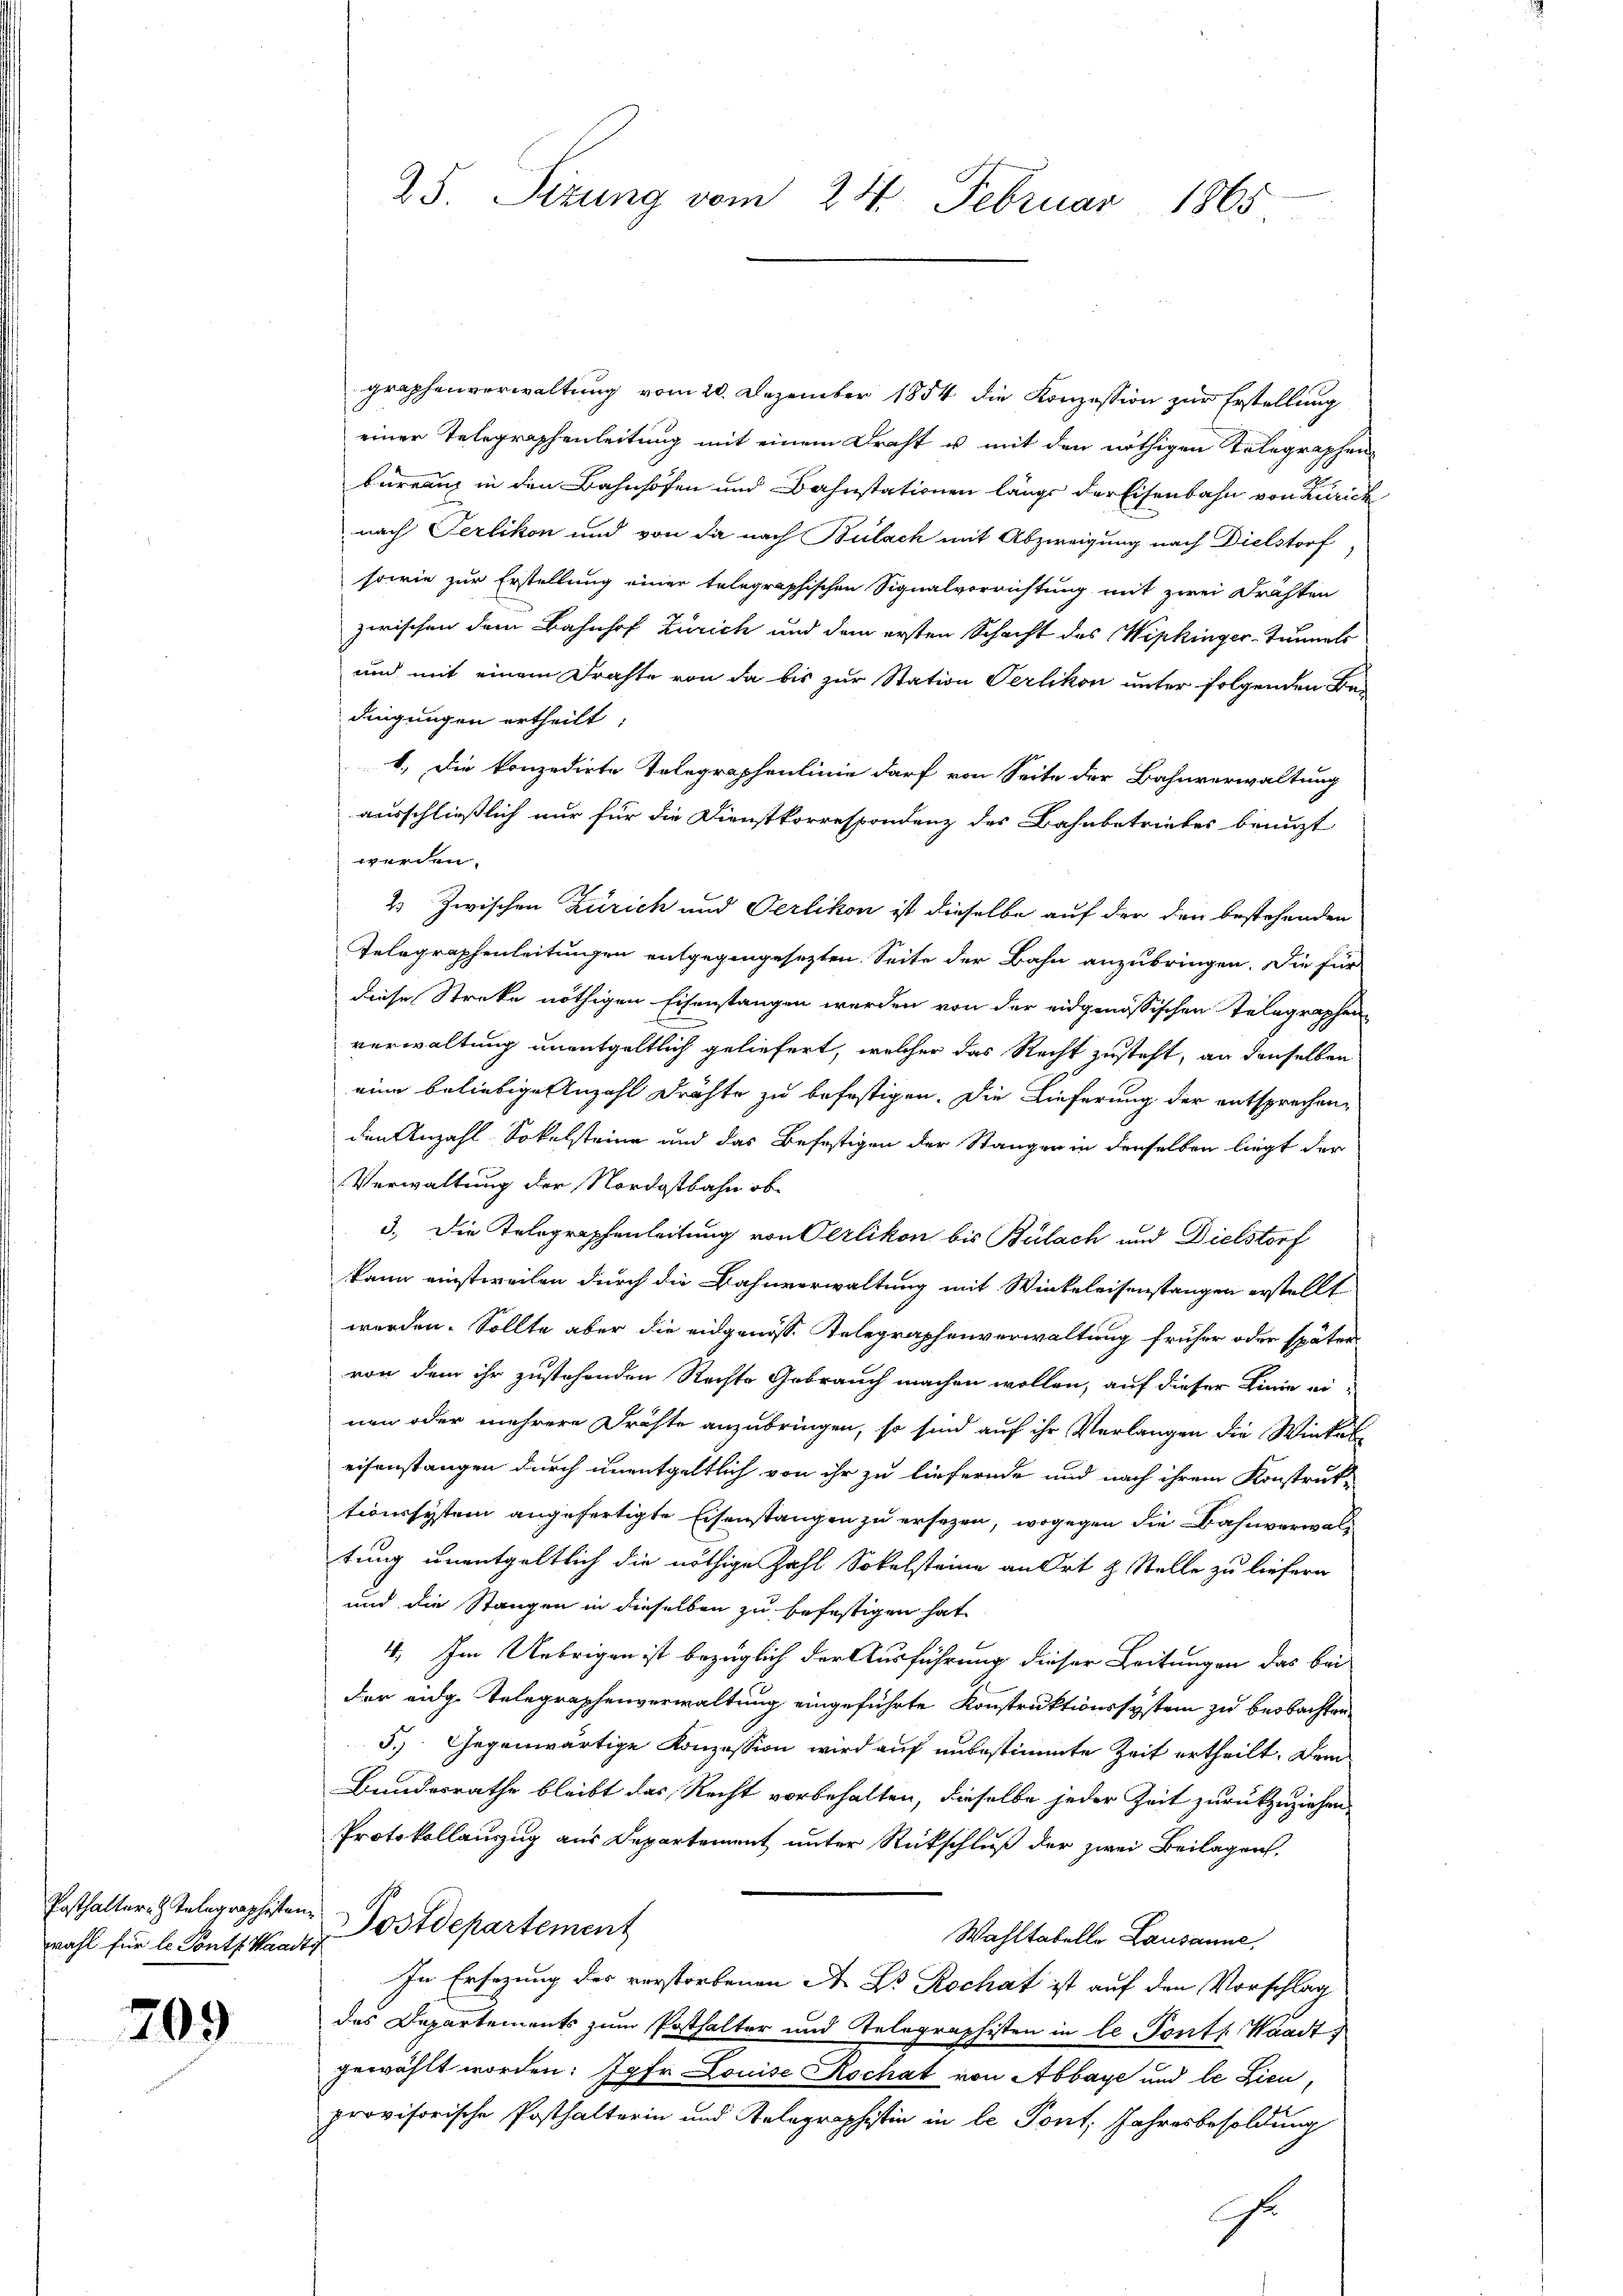
wahl für le Ponts Waadt,

709

graphenverwaltung vom 20. Dezember 1854 die Konzession zur Erstellung
einer Telegraphenleitung mit einem Draht u. mit den nöthigen Telegraphen
burranz in den Bahnhofen und Bahnstationen länge der Eisenbahn von Zürich
nach Perlikon und von da nach Bülach mit Abzweigung nach Dielstorf
sowie zur Erstellung einer telegraphischen Signalvorrichtung mit zwei Drähten
zwischen dem Bahnhof Zürich und dem ersten Schacht des Wipkinger-Tunnels
und mit einem Drahte von da bis zur Station Serlikon unter folgenden Be-
dingungen ertheilt:
1. Die konzedirte Telegraphenlinie darf von Seite der Bahnverwaltung
ausschließlich nur für die Dienstkorrespondenz des Bahnbetriebes benuzt
werden.
2. Zwischen Zürich und Oerlikon ist dieselbe auf der den bestehenden
Telegraphenleitungen entgegengesezten Seite der Bahn anzubringen. Die für
diese Streke nöthigen Eisenstangen werden von der eidgenössischen Telegraphen
verwaltung unentgeltlich geliefert, welcher das Recht zusteht, an denselben
eine beliebige Anzahl drähte zu befestigen. Die Lieferung der entsprechenden Anzahl Sokelsteine und das Befestigen der Stangen in denselben liegt der
Verwaltung der Nordostbahn ob
3.) Die Telegraphenleitung von Oerlikon bis Bülach und Dielstorf
kann einstweilen durch die Bahnverwaltung mit Winkeleisenstangen erstellt
werden. Sollte aber die eidgenosse Telegraphenverwaltung früher oder später
von dem ihr zustehenden Rechte Gebrauch machen wollen, auf dieser Linie einen oder mehrere Drüste anzubringen, so sind auf ihr Verlangen die Winkel-
eifenstangen durch unentgeltlich von ihr zu liefernde und nach ihrem Konstruk-
tionssystem angefertigte Eisenstangen zu ersezen, wogegen die Bahnverwaltung unentgeltlich die nöthige Zahl Sokelsteine an Ort & Stelle zu liefern
und die Stangen in dieselben zu befestigen hat,
4. Im Uebrigen ist bezüglich der Ausführung dieser Leitungen das bei
der eidg. Telegraphenverwaltung eingeführte Konstruktionssystem zu beobachten
5.) Gegenwärtige Konzession wird auf unbestimmte Zeit ertheilt. Dem
Bundesrathe bleibt das Recht vorbehalten, dieselbe jeder Zeit zurückzuziehen.
Protokollauszug aus Departement unter Rückschluß der zwei Beilagen
Posthalter Telegraphisten Postdepartement
Wahltabelle Lausanne,
In Ersezung des verstorbenen A. Dr Rochat ist auf den Vorschlag
das Departements zum Posthalter und Telegraphisten in le Pontp. Waadt,
gewählt worden: Jahr Louise Kochat von Abbaye und le Lieu,
provisorische Posthalterin und Kolographistin in le Pont. Jahresbesoldung
hr

25. Sizung vom 24. Februar 1865